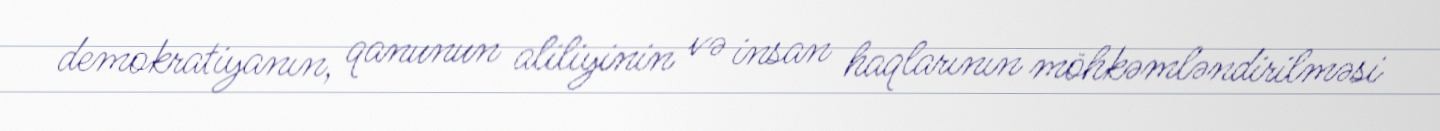
demokratiyanın, qanunun aliliyinin və insan haqlarının möhkəmləndirilməsi